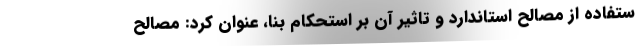
ستفاده از مصالح استاندارد و تاثیر آن بر استحکام بنا، عنوان کرد: مصالح